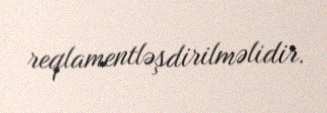
reqlamentləşdirilməlidir.